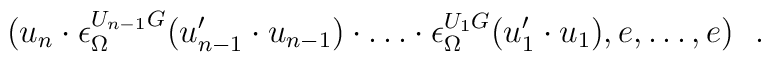
\bigl(u_n\cdot\epsilon_\Omega^{U_{n-1}G}(u_{n-1}^\prime\cdot u_{n-1})\cdot\ldots\cdot\epsilon_\Omega^{U_1G}(u_1^\prime\cdot u_1),e,\ldots,e\bigr)\ \ .